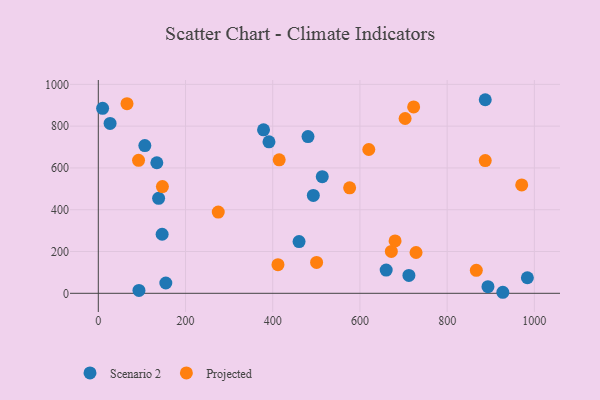
{"axis": {"x": "Speed", "y": "Fuel Efficiency"}, "legend": ["Projected", "Scenario 2"], "data": [{"x": "493.1", "y": 468.4, "type": "Scenario 2"}, {"x": "460.4", "y": 247.7, "type": "Scenario 2"}, {"x": "712.3", "y": 85.5, "type": "Scenario 2"}, {"x": "513.6", "y": 558.1, "type": "Scenario 2"}, {"x": "27.0", "y": 812.9, "type": "Scenario 2"}, {"x": "154.8", "y": 49.3, "type": "Scenario 2"}, {"x": "146.4", "y": 282.7, "type": "Scenario 2"}, {"x": "887.4", "y": 926.5, "type": "Scenario 2"}, {"x": "93.2", "y": 13.7, "type": "Scenario 2"}, {"x": "391.4", "y": 725.1, "type": "Scenario 2"}, {"x": "378.9", "y": 782.4, "type": "Scenario 2"}, {"x": "134.2", "y": 624.9, "type": "Scenario 2"}, {"x": "9.9", "y": 885.1, "type": "Scenario 2"}, {"x": "660.2", "y": 111.2, "type": "Scenario 2"}, {"x": "106.7", "y": 706.9, "type": "Scenario 2"}, {"x": "893.6", "y": 31.9, "type": "Scenario 2"}, {"x": "138.3", "y": 454.6, "type": "Scenario 2"}, {"x": "927.7", "y": 4.9, "type": "Scenario 2"}, {"x": "480.9", "y": 750.3, "type": "Scenario 2"}, {"x": "984.0", "y": 74.4, "type": "Scenario 2"}, {"x": "414.8", "y": 639.0, "type": "Projected"}, {"x": "576.4", "y": 505.0, "type": "Projected"}, {"x": "723.2", "y": 892.1, "type": "Projected"}, {"x": "703.6", "y": 836.6, "type": "Projected"}, {"x": "500.6", "y": 148.0, "type": "Projected"}, {"x": "620.3", "y": 688.2, "type": "Projected"}, {"x": "275.1", "y": 388.9, "type": "Projected"}, {"x": "147.0", "y": 510.7, "type": "Projected"}, {"x": "728.7", "y": 195.3, "type": "Projected"}, {"x": "971.0", "y": 518.9, "type": "Projected"}, {"x": "92.3", "y": 636.4, "type": "Projected"}, {"x": "866.9", "y": 110.1, "type": "Projected"}, {"x": "672.0", "y": 200.4, "type": "Projected"}, {"x": "680.6", "y": 250.5, "type": "Projected"}, {"x": "887.4", "y": 635.3, "type": "Projected"}, {"x": "412.0", "y": 136.9, "type": "Projected"}, {"x": "65.8", "y": 907.6, "type": "Projected"}]}